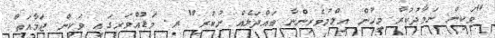
"ވަކިން ނަމާދުކުރާ މީހުން އިލްމުވެރިންނާ ބައްދަލެއް ނުކުރި" ރ. މަޑުއްވަރީގައި ވަކިން ޖަމާއަތް